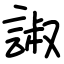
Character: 諔